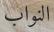
النواب